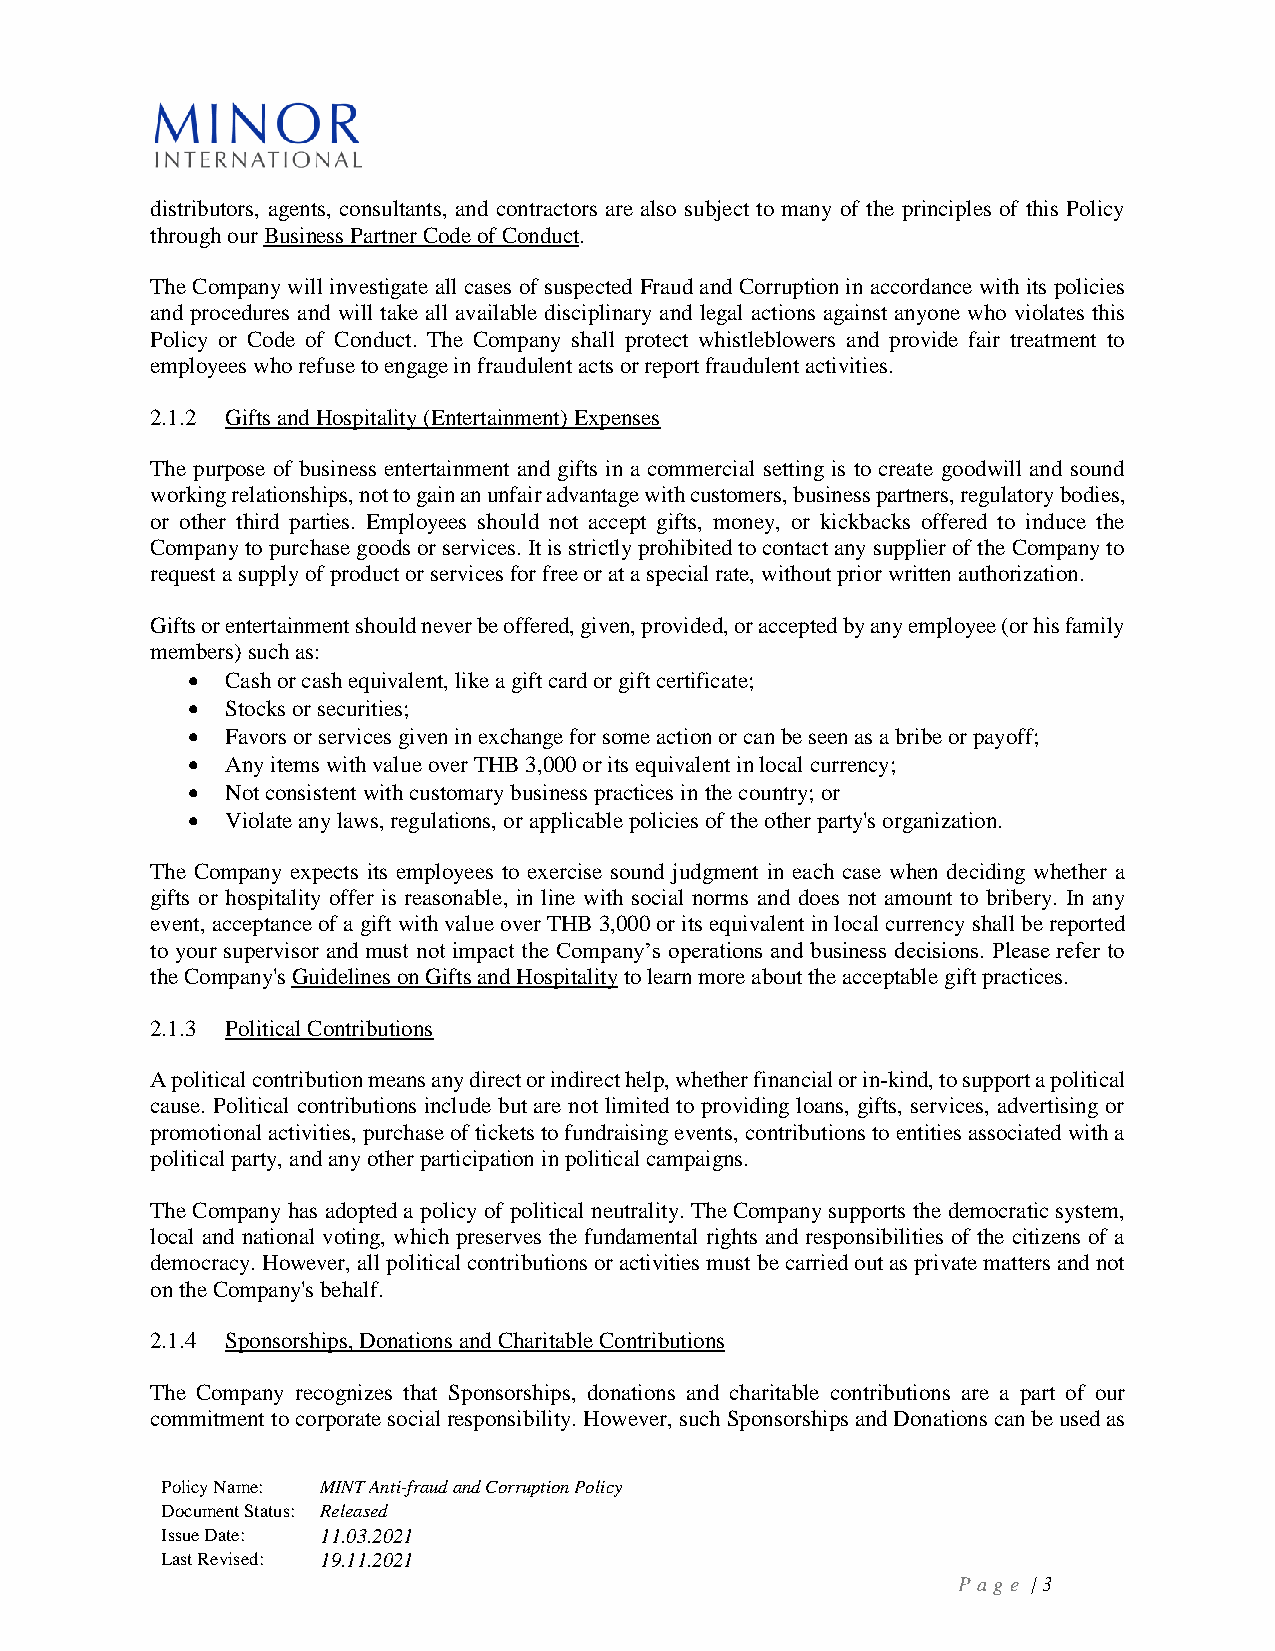
distributors, agents, consultants, and contractors are also subject to many of the principles of this Policy
 through our Business Partner Code of Conduct.
 The Company will investigate all cases of suspected Fraud and Corruption in accordance with its policies
 and procedures and will take all available disciplinary and legal actions against anyone who violates this
 Policy or Code of Conduct. The Company shall protect whistleblowers and provide fair treatment to
 employees who refuse to engage in fraudulent acts or report fraudulent activities.
 2.1.2 Gifts and Hospitality (Entertainment) Expenses
 The purpose of business entertainment and gifts in a commercial setting is to create goodwill and sound
 working relationships, not to gain an unfair advantage with customers, business partners, regulatory bodies,
 or other third parties. Employees should not accept gifts, money, or kickbacks offered to induce the
 Company to purchase goods or services. It is strictly prohibited to contact any supplier of the Company to
 request a supply of product or services for free or at a special rate, without prior written authorization.
 Gifts or entertainment should never be offered, given, provided, or accepted by any employee (or his family
 members) such as:
 •  Cash or cash equivalent, like a gift card or gift certificate;
 •  Stocks or securities;
 •  Favors or services given in exchange for some action or can be seen as a bribe or payoff;
 •  Any items with value over THB 3,000 or its equivalent in local currency;
 •  Not consistent with customary business practices in the country; or
 •  Violate any laws, regulations, or applicable policies of the other party's organization.
 The Company expects its employees to exercise sound judgment in each case when deciding whether a
 gifts or hospitality offer is reasonable, in line with social norms and does not amount to bribery. In any
 event, acceptance of a gift with value over THB 3,000 or its equivalent in local currency shall be reported
 to your supervisor and must not impact the Company’s operations and business decisions. Please refer to
 the Company's Guidelines on Gifts and Hospitality to learn more about the acceptable gift practices.
 2.1.3 Political Contributions
 A political contribution means any direct or indirect help, whether financial or in-kind, to support a political
 cause. Political contributions include but are not limited to providing loans, gifts, services, advertising or
 promotional activities, purchase of tickets to fundraising events, contributions to entities associated with a
 political party, and any other participation in political campaigns.
 The Company has adopted a policy of political neutrality. The Company supports the democratic system,
 local and national voting, which preserves the fundamental rights and responsibilities of the citizens of a
 democracy. However, all political contributions or activities must be carried out as private matters and not
 on the Company's behalf.
 2.1.4 Sponsorships, Donations and Charitable Contributions
 The Company recognizes that Sponsorships, donations and charitable contributions are a part of our
 commitment to corporate social responsibility. However, such Sponsorships and Donations can be used as
 Policy Name: MINT Anti-fraud and Corruption Policy
 Document Status: Released
 Issue Date: 11.03.2021
 Last Revised: 19.11.2021
 P a g e | 3